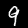
Digit: 9